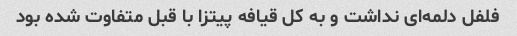
فلفل دلمه‌ای نداشت و به کل قیافه پیتزا با قبل متفاوت شده بود